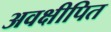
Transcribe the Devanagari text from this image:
अवक्षीपित